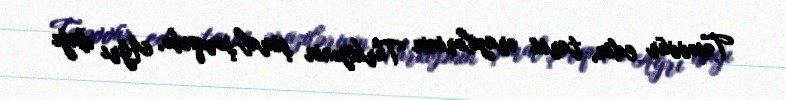
Təsəvvür edin, tarixi ərazilərinin Türkiyənin şimal-şərqndə, Ağrı dağı